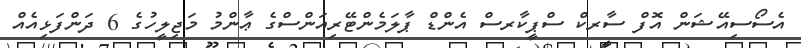
އެސޯސިއޭޝަން އޮފް ސާރކް ސްޕީކާރސް އެންޑް ޕާލަމެންޓޭރިއަންސްގެ ޢާންމު މަޖިލީހުގެ 6 ދަންފަޅިއެއް